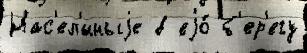
Нас'ел'́нныjе в еjо́ б'ер'егу